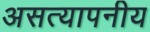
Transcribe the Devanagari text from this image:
असत्यापनीय